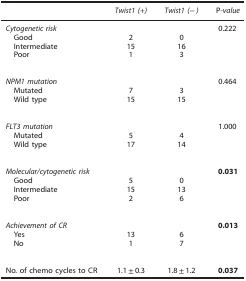
<table><thead><tr><td><b> </b></td><td><b><i>Twist1 (+)</i></b></td><td><b><i>Twist1 (−)</i></b></td><td><b>P<i>-value</i></b></td></tr></thead><tbody><tr><td><i>Cytogenetic risk</i></td><td> </td><td> </td><td>0.222</td></tr><tr><td> Good</td><td>2</td><td>0</td><td> </td></tr><tr><td> Intermediate</td><td>15</td><td>16</td><td> </td></tr><tr><td> Poor</td><td>1</td><td>3</td><td> </td></tr><tr><td> </td><td> </td><td> </td><td> </td></tr><tr><td><i>NPM1</i><i>mutation</i></td><td> </td><td> </td><td>0.464</td></tr><tr><td> Mutated</td><td>7</td><td>3</td><td> </td></tr><tr><td> Wild type</td><td>15</td><td>15</td><td> </td></tr><tr><td> </td><td> </td><td> </td><td> </td></tr><tr><td><i>FLT3</i><i>mutation</i></td><td> </td><td> </td><td>1.000</td></tr><tr><td> Mutated</td><td>5</td><td>4</td><td> </td></tr><tr><td> Wild type</td><td>17</td><td>14</td><td> </td></tr><tr><td> </td><td> </td><td> </td><td> </td></tr><tr><td><i>Molecular/cytogenetic risk</i></td><td> </td><td> </td><td><b>0.031</b></td></tr><tr><td> Good</td><td>5</td><td>0</td><td> </td></tr><tr><td> Intermediate</td><td>15</td><td>13</td><td> </td></tr><tr><td> Poor</td><td>2</td><td>6</td><td> </td></tr><tr><td> </td><td> </td><td> </td><td> </td></tr><tr><td><i>Achievement of CR</i></td><td> </td><td> </td><td><b>0.013</b></td></tr><tr><td> Yes</td><td>13</td><td>6</td><td> </td></tr><tr><td> No</td><td>1</td><td>7</td><td> </td></tr><tr><td> </td><td> </td><td> </td><td> </td></tr><tr><td>No. of chemo cycles to CR</td><td>1.1±0.3</td><td>1.8±1.2</td><td><b>0.037</b></td></tr></tbody></table>